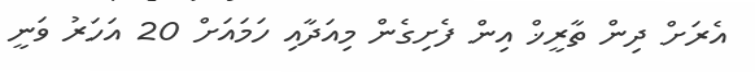
އެރަށް ދިން ތާރީޚް އިން ފެށިގެން މިއަދާއި ހަމައަށް 20 އަހަރު ވަނީ